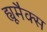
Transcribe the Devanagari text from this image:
ह्यूमैक्स